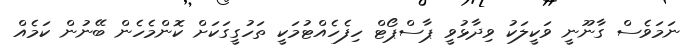
ނަމަވެސް ގާނޫނީ ވަކީލަކު ވިދާޅުވީ ޕާސްޕޯޓް ހިފެހެއްޓުމަކީ ތަހުގީގަކަށް ކޮންމެހެން ބޭނުން ކަމެއް